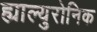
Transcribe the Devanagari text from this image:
ह्याल्युरोनिक